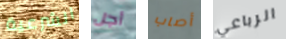
الشرعية أجل أصاب الرباعي